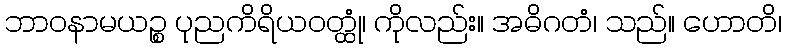
ဘာဝနာမယဉ္စ ပုညကိရိယဝတ္ထုံ၊ ကိုလည်း။ အဓိဂတံ၊ သည်။ ဟောတိ၊